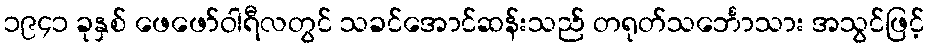
၁၉၄၁ ခုနှစ် ဖေဖော်ဝါရီလတွင် သခင်အောင်ဆန်းသည် တရုတ်သင်္ဘောသား အသွင်ဖြင့်